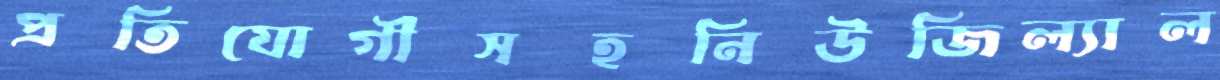
প্রতিযোগীসহনিউজিল্যাল